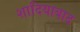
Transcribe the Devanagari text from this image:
शादियाबाद